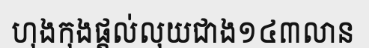
ហុងកុងផ្តល់លុយជាង១៤៣លាន